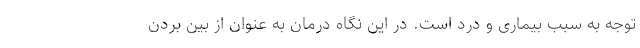
توجه به سبب بیماری و درد است. در این نگاه درمان به عنوان از بین بردن